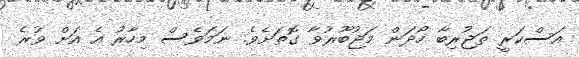
އަސްކަރީ ތަޖުރިބާ ހޯދަން މަޖުބޫރުވާ ގޮތަށެވެ. ނަމަވެސް މިހާރު އެ އަށް ވުރެ